Report on the Civil Veterinary Department, Eastern Bengal and Assam - 1907-1911
Year: 1907
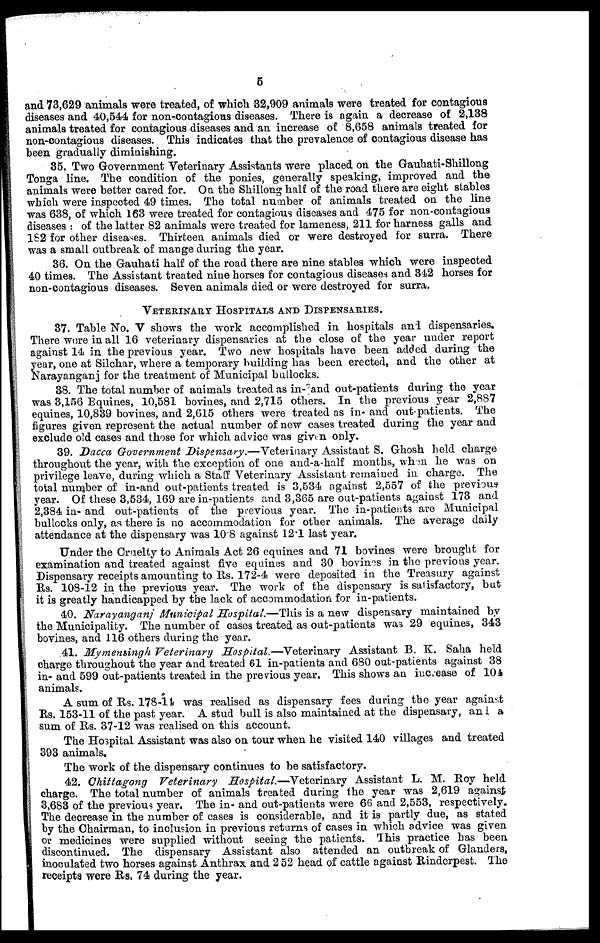
5
and 73,629 animals were treated, of which 32,909 animals were treated for contagious
diseases and 40,544 for non-contagious diseases. There is again a decrease of 2,138
animals treated for contagions diseases and an increase of 8,658 animals treated for
non-contagious diseases. This indicates that the prevalence of contagions disease has
been gradually diminishing.
35. Two Government Veterinary Assistants were placed on the Gauhati-Shillong
Tonga line. The condition of the ponies, generally speaking, improved and the
animals were better cared for. On the Shillong half of the road there are eight stables
which were inspected 49 times. The total number of animals treated on the line
was 638, of which 163 were treated for contagious diseases and 475 for non-contagious
diseases: of the latter 82 animals were treated for lameness, 211 for harness galls and
1S2 for other diseases. Thirteen animals died or were destroyed for surra. There
was a small outbreak of mange during the year.
36. On the Gauhati half of the road there are nine stables which were inspected
40 times. The Assistant treated nine horses for contagious diseases and 342 horses for
non-contagious diseases. Seven animals died or were destroyed for surra.
VETERINARY HOSPITALS AND DISPENSARIES.
37. Table No. V shows the work accomplished in hospitals and dispensaries.
There were in all 16 veterinary dispensaries at the close of the year under report
against 14 in the previous year. Two new hospitals have been added during the
year, one at Silchar, where a temporary building has been erected, and the other at
Narayanganj for the treatment of Municipal bullocks.
38. The total number of animals treated as in- and out-patients during the year
was 3,156 Equines, 10,581 bovines, and 2,715 others. In the previous year 2,887
equines, 10,839 bovines, and 2,615 others were treated as in- and out-patients. The
figures given represent the actual number of new cases treated during the year and
exclude old cases and those for which advice was given only.
39. Dacca Government Dispensary.—Veterinary Assistant S. Ghosh held charge
throughout the year, with the exception of one and-a-half months, when he was on
privilege leave, during which a Staff Veterinary Assistant remained in charge. The
total number of in-and out-patients treated is 3,534 against 2,557 of the previous
year. Of these 3,534, 169 are in-patients and 3,365 are out-patients against 173 and
2,384 in- and out-patients of the previous year. The in-patients are Municipal
bullocks only, as there is no accommodation for other animals. The average daily
attendance at the dispensary was 10.8 against 12.1 last year.
Under the Cruelty to Animals Act 26 equines and 71 bovines were brought for
examination and treated against five equines and 30 bovines in the previous year.
Dispensary receipts amounting to Rs. 172-4 were deposited in the Treasury against
Rs. 108-12 in the previous year. The work of the dispensary is satisfactory, but
it is greatly handicapped by the lack of accommodation for in-patients.
40. Narayanganj Municipal Hospital.—This is a new dispensary maintained by
the Municipality. The number of cases treated as out-patients was 29 equines, 343
bovines, and 116 others during the year.
41. Mymensingh Veterinary Hospital.—Veterinary
Assistant B. K. Saha held
charge throughout the year and treated 61 in-patients and 680 out-patients against 38
in- and 599 out-patients treated in the previous year. This shows an increase of 104
animals.
A sum of Rs. 178-11 was realised as dispensary fees during the year against
Rs. 153-11 of the past year. A stud bull is also maintained at the dispensary, an 1 a
sum of Rs. 37-12 was realised on this account.
The Hospital Assistant was also on tour when he visited 140 villages and treated
393 animals.
The work of the dispensary continues to be satisfactory.
42. Chittagong Veterinary Hospital.—Veterinary Assistant L. M. Roy held
charge. The total number of animals treated during the year was 2,619 against
3,683 of the previous year. The in- and out-patients were 66 and 2,553, respectively.
The decrease in the number of cases is considerable, and it is partly due, as stated
by the Chairman, to inclusion in previous returns of cases in which advice was given
or medicines were supplied without seeing the patients. This practice has been
discontinued. The dispensary Assistant also attended an outbreak of Glanders,
inoculated two horses against Anthrax and 2 52 head of cattle against Rinderpest. The
receipts were Rs. 74 during the year.